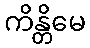
ကိန္တိမေ